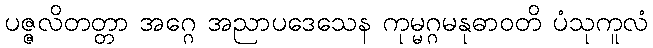
ပဇ္ဇလိတတ္တာ အဂ္ဂေ အညာပဒေသေန ကုမ္မဂ္ဂမနုဓာဝတိ ပံသုကူလံ